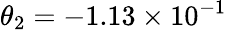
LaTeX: \theta_{2}=-1.13\times 10^{-1}